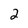
Character: 2